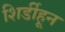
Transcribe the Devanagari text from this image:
शिर्डीहून